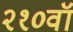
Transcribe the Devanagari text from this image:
२१०वॉ